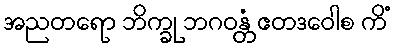
အညတရော ဘိက္ခု ဘဂဝန္တံ ဧတဒဝေါစ ကိံ